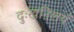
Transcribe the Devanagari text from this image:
दुःखनिलयं